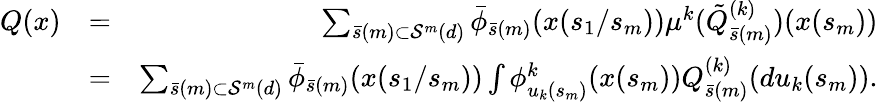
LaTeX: \begin{array}{rlr}{Q(x)}&{=}&{\sum_{\bar{s}(m)\subset{\cal S}^{m}(d)}\bar{\phi}_{\bar{s}(m)}(x(s_{1}/s_{m}))\mu^{k}(\tilde{Q}_{\bar{s}(m)}^{(k)})(x(s_{m}))}\\ &{=}&{\sum_{\bar{s}(m)\subset{\cal S}^{m}(d)}\bar{\phi}_{\bar{s}(m)}(x(s_{1}/s_{m}))\int\phi_{u_{k}(s_{m})}^{k}(x(s_{m}))Q_{\bar{s}(m)}^{(k)}(du_{k}(s_{m})).}\end{array}